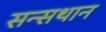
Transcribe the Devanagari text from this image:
सन्सथान